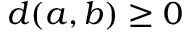
d ( a , b ) \geq 0